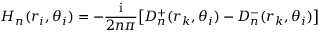
H _ { n } ( r _ { i } , \theta _ { i } ) = - \frac { \mathrm { i } } { 2 n \pi } \big [ D _ { n } ^ { + } ( r _ { k } , \theta _ { i } ) - D _ { n } ^ { - } ( r _ { k } , \theta _ { i } ) \big ]